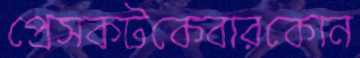
প্রেসকটকেবারকোন